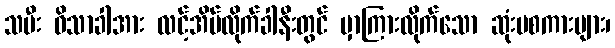
သမီး ဝိသာခါအား လင့်အိမ်လိုက်ခါနီးတွင် မှာကြားလိုက်သော ဆုံးမစကားများ၊